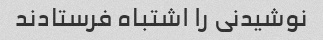
نوشیدنی را اشتباه فرستادند